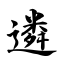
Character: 遴